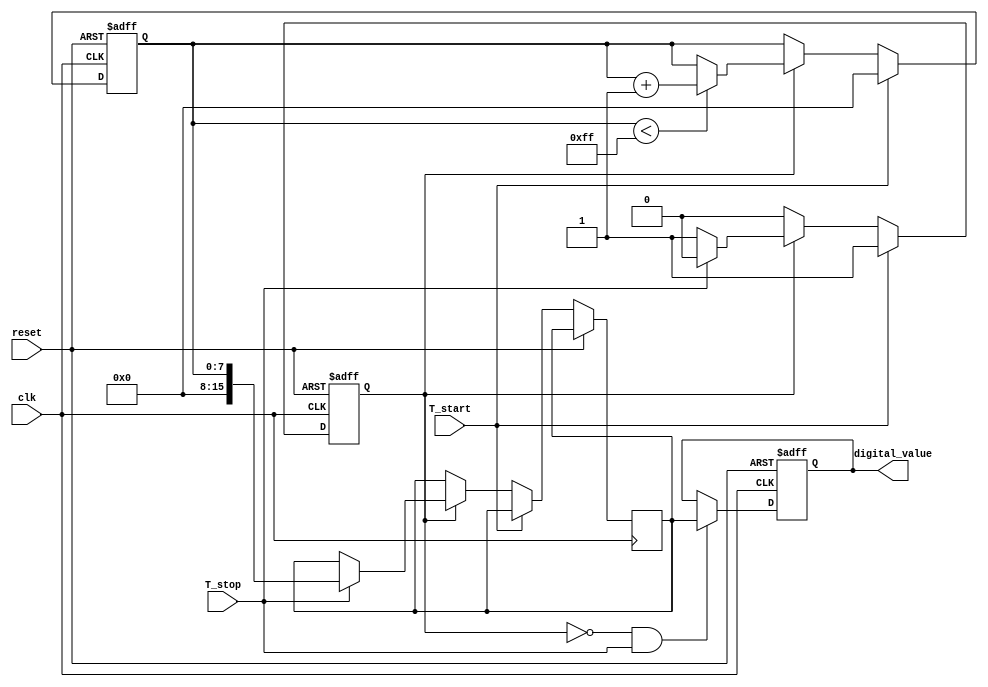
module TDC (
    input wire clk,          // High-frequency clock
    input wire reset,        // Reset signal
    input wire T_start,      // Start signal
    input wire T_stop,       // Stop signal
    output reg [15:0] digital_value // Digital output (ADC output)
);

    // Parameters
    parameter RAMP_MAX = 255; // Maximum ramp value (for ADC, 8-bit)
    parameter ADC_RESOLUTION = 16; // ADC resolution (number of bits)
    
    // Internal signals
    reg [7:0] ramp_voltage;      // Ramp voltage (8-bit)
    reg sampling_active;          // Flag to indicate if sampling is active
    reg [15:0] adc_output;        // ADC output (simulated)
    
    // Ramp generator
    always @(posedge clk or posedge reset) begin
        if (reset) begin
            ramp_voltage <= 0;
            sampling_active <= 0;
        end else if (T_start) begin
            ramp_voltage <= 0; // Reset ramp voltage on start
            sampling_active <= 1; // Start ramping
        end else if (sampling_active) begin
            if (ramp_voltage < RAMP_MAX) begin
                ramp_voltage <= ramp_voltage + 1; // Ramp up voltage
            end
            if (T_stop) begin
                sampling_active <= 0; // Stop ramping on T_stop
                adc_output <= ramp_voltage; // Simulate ADC output
            end
        end
    end

    // Output register
    always @(posedge clk or posedge reset) begin
        if (reset) begin
            digital_value <= 0;
        end else if (!sampling_active && T_stop) begin
            digital_value <= adc_output; // Store ADC output
        end
    end

endmodule